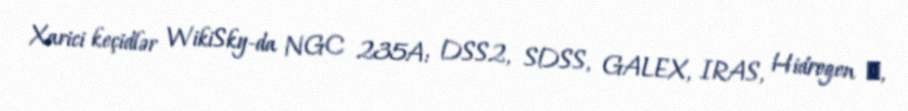
Xarici keçidlər WikiSky-da NGC 235A: DSS2, SDSS, GALEX, IRAS, Hidrogen α,